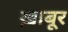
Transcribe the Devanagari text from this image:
ख़ाबूर